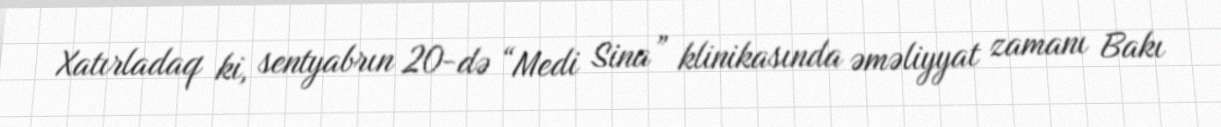
Xatırladaq ki, sentyabrın 20-də “Medi Sina” klinikasında əməliyyat zamanı Bakı